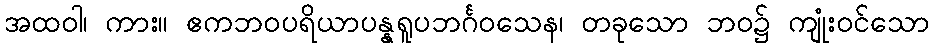
အထဝါ၊ ကား။ ဧကဘဝပရိယာပန္နရူပဘင်္ဂဝသေန၊ တခုသော ဘဝ၌ ကျုံးဝင်သော